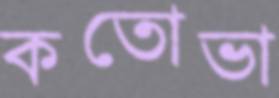
কতোভা